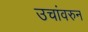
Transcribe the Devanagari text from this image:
उचांवरुन